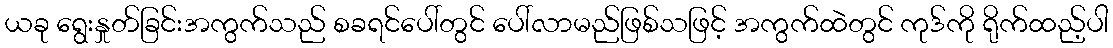
ယခု ရွေးနှုတ်ခြင်းအကွက်သည် စခရင်ပေါ်တွင် ပေါ်လာမည်ဖြစ်သဖြင့် အကွက်ထဲတွင် ကုဒ်ကို ရိုက်ထည့်ပါ